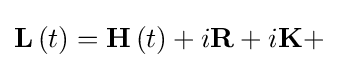
\mathbf {L} \left(t\right)=\mathbf {H} \left(t\right)+i\mathbf {R} +i\mathbf {K} +